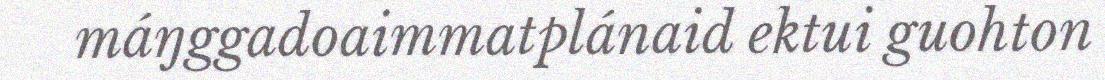
máŋggadoaimmatplánaid ektui guohton